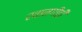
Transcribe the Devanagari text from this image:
रवानगीही